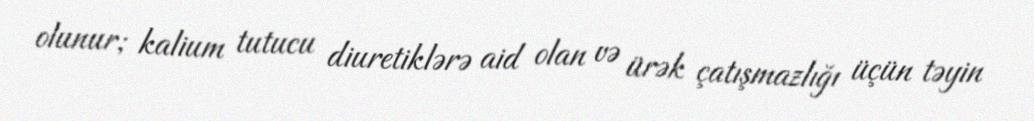
olunur; kalium tutucu diuretiklərə aid olan və ürək çatışmazlığı üçün təyin